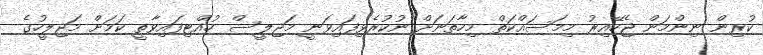
ކުރިން ނިންމަން ޖެހޭއިރު މިމަސައްކަތް މިހާތަނަށް ނުކުރެވިފައިވަނީ މަޖިލީސް ހުއްޓިފައިވާތީ ކަމަށް މަޖިލީހުގެ